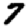
Digit: 7